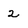
Character: 2